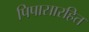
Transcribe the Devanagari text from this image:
पिपासारहित